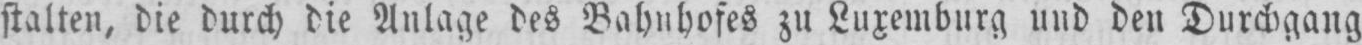
stalten, die durch die Anlage des Bahnhofes zu Luxemburg und den Durchgang